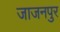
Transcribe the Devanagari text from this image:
जाजनपुर